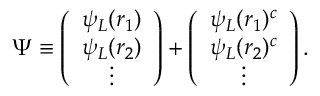
\Psi \equiv \left( \begin{array} { c } { { \psi _ { L } ( r _ { 1 } ) } } \\ { { \psi _ { L } ( r _ { 2 } ) } } \\ { { \vdots } } \end{array} \right) + \left( \begin{array} { c } { { { \psi _ { L } } ( r _ { 1 } ) ^ { c } } } \\ { { { \psi _ { L } } ( r _ { 2 } ) ^ { c } } } \\ { { \vdots } } \end{array} \right) .